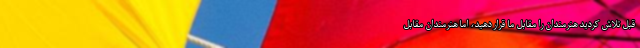
قبل تلاش کردید هنرمندان را مقابل ما قرار دهید، اما هنرمندان مقابل